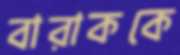
বারাককে